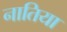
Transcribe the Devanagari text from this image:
नातिया